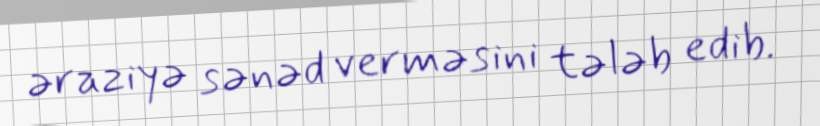
əraziyə sənəd verməsini tələb edib.